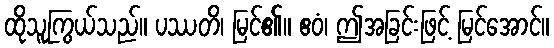
ထိုသူကြွယ်သည်။ ပဿတိ၊ မြင်၏။ ဧဝံ၊ ဤအခြင်းဖြင့် မြင်အောင်။